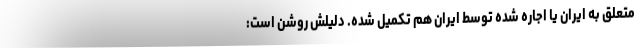
متعلق به ایران یا اجاره شده توسط ایران هم تكمیل شده. دلیلش روشن است: